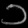
Digit: ၁